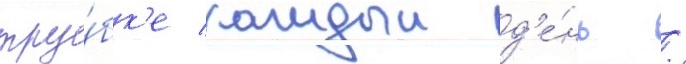
тру́бк'е каждыи д'е́нь /